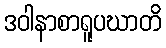
ဒဝါနာစာရူပဃာတိ